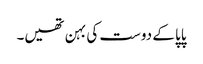
پاپا کے دوست کی بہن تھیں۔